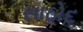
સાઠોદ